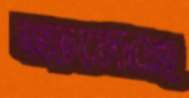
আনেছে